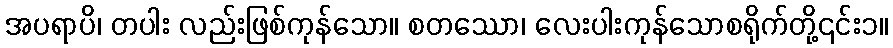
အပရာပိ၊ တပါး လည်းဖြစ်ကုန်သော။ စတဿော၊ လေးပါးကုန်သောစရိုက်တို့၎င်း၁။